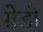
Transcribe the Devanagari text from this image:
ग्रेडो